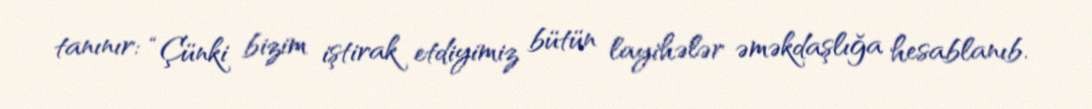
tanınır: “Çünki bizim iştirak etdiyimiz bütün layihələr əməkdaşlığa hesablanıb.